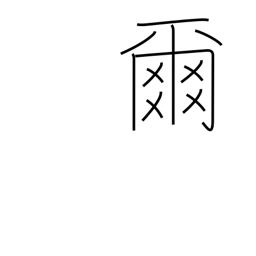
Meaning: thou